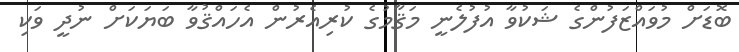
ބޮޑަށް މުވައްޒަފުންގެ ޝަކުވާ އުފުލެނީ މަޤާމުގެ ކުރިއެރުން އެހައްޤުވާ ބަޔަކަށް ނުދީ ވަކި